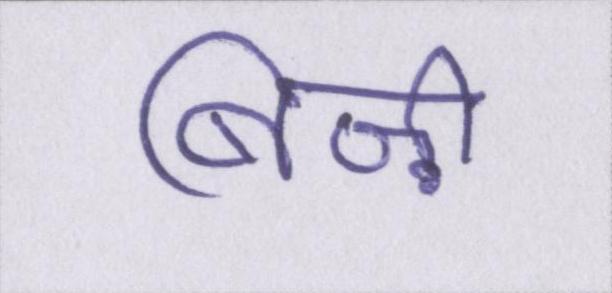
बिज़ी